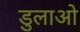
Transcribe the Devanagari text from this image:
डुलाओ